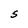
Character: S